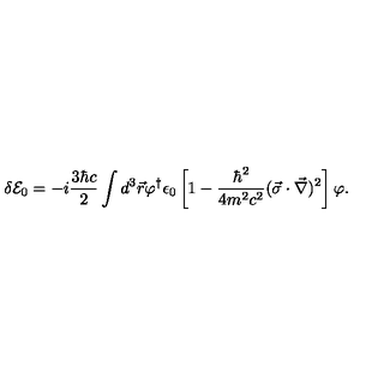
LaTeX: \delta { \cal E } _ { 0 } = - i \frac { 3 \hbar c } { 2 } \int d ^ { 3 } \vec { r } \varphi ^ { \dagger } \epsilon _ { 0 } \left[ 1 - \frac { \hbar ^ { 2 } } { 4 m ^ { 2 } c ^ { 2 } } ( \vec { \sigma } \cdot \vec { \nabla } ) ^ { 2 } \right] \varphi { . }